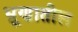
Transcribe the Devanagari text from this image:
भ्रूणातील